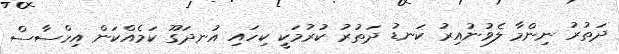
ދަތުރު ނިންމާ ލެވުނުއިރު ކަނޑު ދަތުރު ކުރުމަކީ ކިހައި އުނދަގޫ ކަމެއްކަން އިހްސާސް